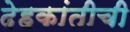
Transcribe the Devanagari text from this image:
देहकांतीची